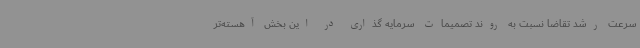
سرعت رشد تقاضا نسبت به روند تصمیمات سرمایه گذاری در این بخش آهسته‌تر